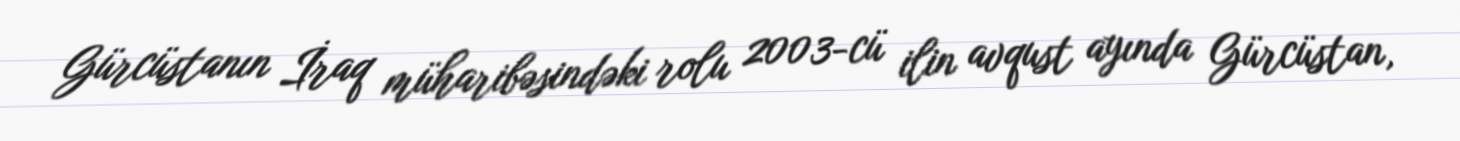
Gürcüstanın İraq müharibəsindəki rolu 2003-cü ilin avqust ayında Gürcüstan,